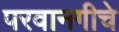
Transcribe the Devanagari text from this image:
परवानगीचे